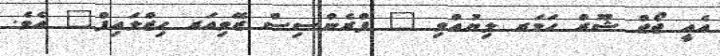
އެއީ ޖޯޖް ޝޫރް ހަމަރ ލިޔުއްވި " ފްރެންސިސް ޒޭވިއަރ ހިޒްލައިފް" އެވެ.